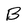
Character: B